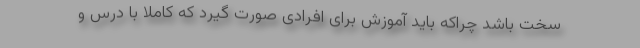
سخت باشد چراکه باید آموزش برای افرادی صورت گیرد که کاملا با درس و